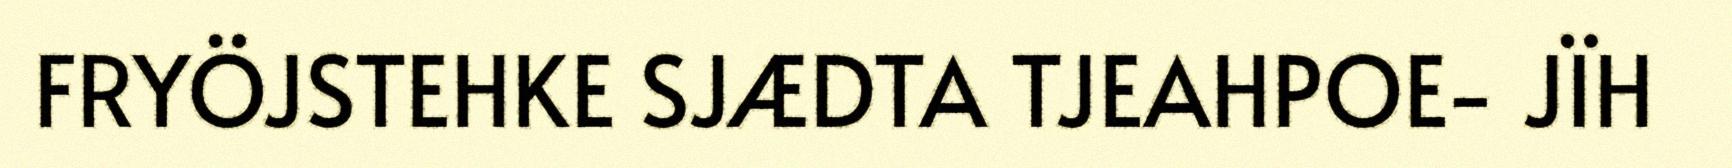
FRYÖJSTEHKE SJÆDTA TJEAHPOE- JÏH